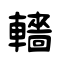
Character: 轖